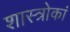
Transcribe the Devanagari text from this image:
शास्त्रोकां